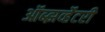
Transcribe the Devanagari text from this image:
ऑब्झर्व्हेटरी